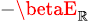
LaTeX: \scriptstyle-\betaE_{\mathbb{R}}